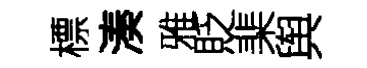
標湊雅貶棐舆